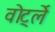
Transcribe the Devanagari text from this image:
वोर्ट्ले